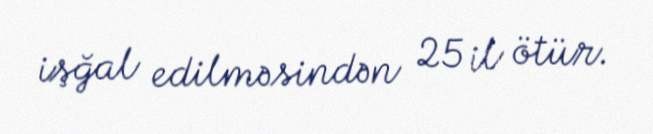
işğal edilməsindən 25 il ötür.